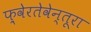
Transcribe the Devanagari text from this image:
फ़्वेरतेवेन्तूरा